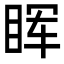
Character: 𬑕